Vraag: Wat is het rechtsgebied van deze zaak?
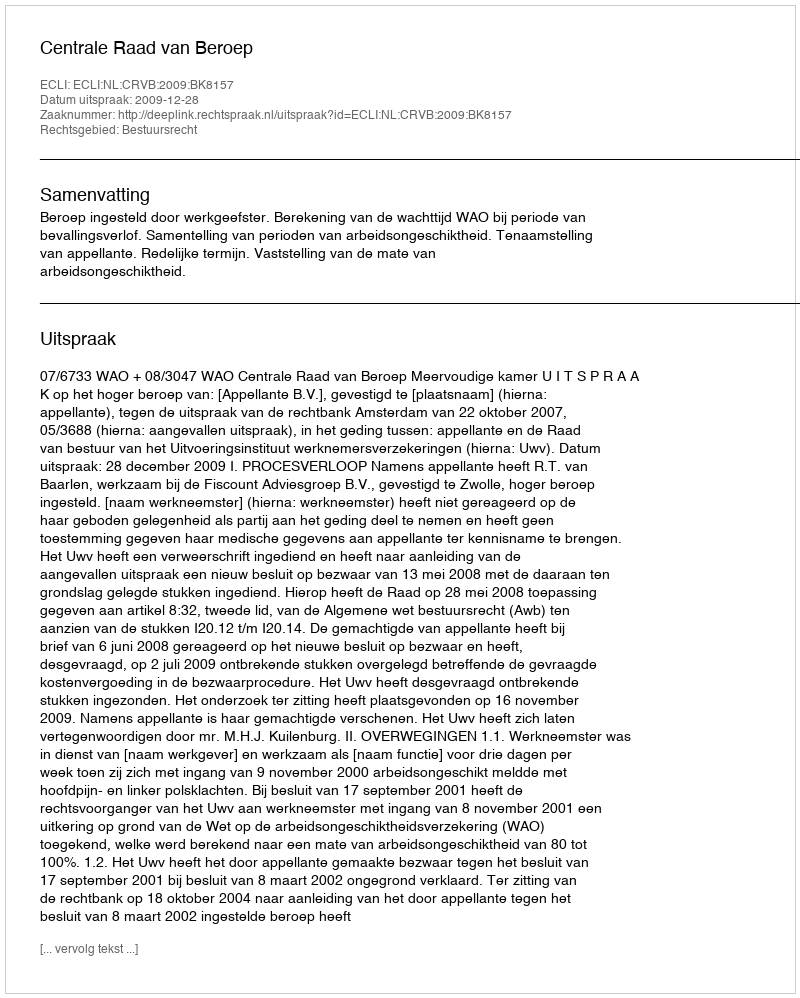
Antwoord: Bestuursrecht